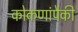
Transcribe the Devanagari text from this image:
कोकणांपैकी